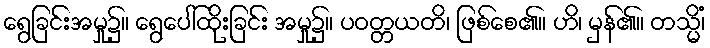
ရွေခြင်းအမှု၌။ ရွေပေါ်ထိုးခြင်း အမှု၌။ ပဝတ္တယတိ၊ ဖြစ်စေ၏။ ဟိ၊ မှန်၏။ တသ္မိံ၊